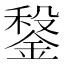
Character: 𨩂